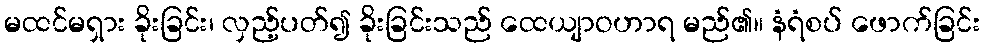
မထင်မရှား ခိုးခြင်း၊ လှည့်ပတ်၍ ခိုးခြင်းသည် ထေယျာဝဟာရ မည်၏။ နံရံစပ် ဖောက်ခြင်း